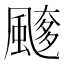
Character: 𩘖